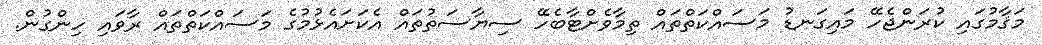
މަޤާމުގައި ކުރަންޖެހޭ މައިގަނޑު މަސައްކަތްތައް ތިމާވެށްޓާބެހޭ ސިޔާސަތުތައް އެކަށައެޅުމުގެ މަސައްކަތްތައް ރާވައި ހިންގުން.